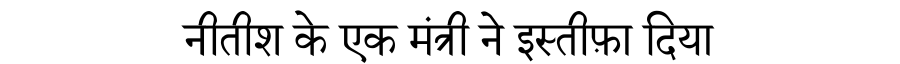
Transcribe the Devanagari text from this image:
नीतीश के एक मंत्री ने इस्तीफ़ा दिया